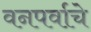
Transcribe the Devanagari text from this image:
वनपर्वाचे